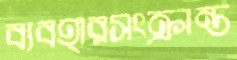
ব্যবহারসংক্রান্ত